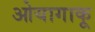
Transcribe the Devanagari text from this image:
ओयागाकू